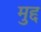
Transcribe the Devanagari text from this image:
मुद्द